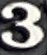
3